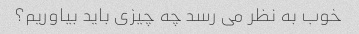
خوب به نظر می رسد چه چیزی باید بیاوریم؟